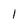
Character: l